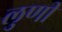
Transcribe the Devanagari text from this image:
लुणी